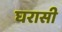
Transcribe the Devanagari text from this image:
घरासी